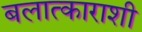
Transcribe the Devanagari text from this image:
बलात्काराशी